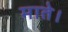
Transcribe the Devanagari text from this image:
माते।